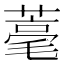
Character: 𦹾